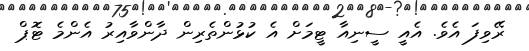
ރޭވިފަ އެވެ. އެއީ ސީނިއާ ޓީމަށް އެ ކުޅުންތެރިން ދާންވާއިރު އެންމެ ޓޮޕް